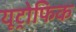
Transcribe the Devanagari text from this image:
यूट्रोफिक